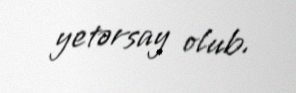
yetərsay olub.